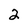
Character: 2